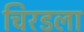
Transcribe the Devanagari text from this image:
चिरडला